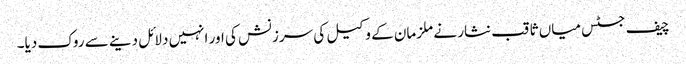
چیف جسٹس میاں ثاقب نثار نے ملزمان کے وکیل کی سرزنش کی اور انہیں دلائل دینے سے روک دیا۔